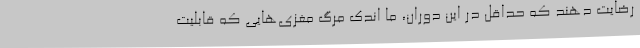
رضایت دهند که حداقل در این دوران، ما اندک مرگ مغزی‌هایی که قابلیت